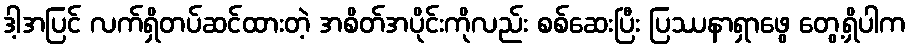
ဒါ့အပြင် လက်ရှိတပ်ဆင်ထားတဲ့ အစိတ်အပိုင်းကိုလည်း စစ်ဆေးပြီး ပြဿနာရှာဖွေ တွေ့ရှိပါက